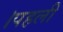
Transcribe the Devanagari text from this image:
।पहली